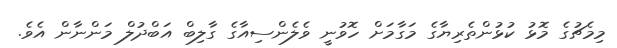
މިމެޗުގެ މޮޅު ކުޅުންތެރިޔާގެ މަގާމަށް ހޮވުނީ ވެލެންސިއާގެ ގާލިބް އަބްދުލް މަންނާން އެވެ.